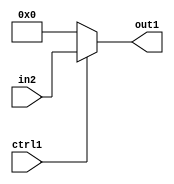
`timescale 1ps / 1ps
/*****************************************************************************
    Verilog RTL Description
    
    
    Created by: CellMath Designer 2019.1.01 
*******************************************************************************/

module fp_cmp_Muxu23i0u1_4_0 (
	in2,
	ctrl1,
	out1
	); /* architecture "behavioural" */ 
input [22:0] in2;
input  ctrl1;
output [22:0] out1;
wire [22:0] asc001;

reg [22:0] asc001_tmp_0;
assign asc001 = asc001_tmp_0;
always @ (ctrl1 or in2) begin
	case (ctrl1)
		1'B1 : asc001_tmp_0 = in2 ;
		default : asc001_tmp_0 = 23'B00000000000000000000000 ;
	endcase
end

assign out1 = asc001;
endmodule

/* CADENCE  uLb2TQo= : u9/ySgnWtBlWxVPRXgAZ4Og= ** DO NOT EDIT THIS LINE ******/